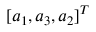
[ a _ { 1 } , a _ { 3 } , a _ { 2 } ] ^ { T }